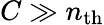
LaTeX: C\gg n_{\mathrm{th}}